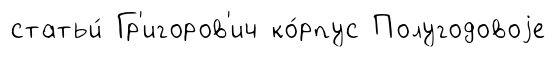
статьи́ Гр'игоров'ич ко́рпус Полугодовоjе